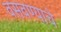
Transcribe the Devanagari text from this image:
वसवण्याचे